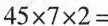
$$4 5 \times 7 \times 2 =$$